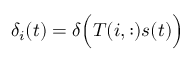
\delta _ { i } ( t ) = \delta \Big ( T ( i , : ) s ( t ) \Big )